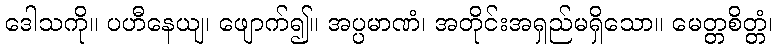
ဒေါသကို။ ပဟီနေယျ၊ ဖျောက်၍။ အပ္ပမာဏံ၊ အတိုင်းအရှည်မရှိသော။ မေတ္တစိတ္တံ၊